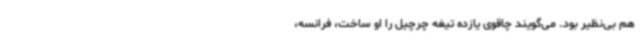
هم بی‌نظیر بود. می‌گویند چاقوی یازده تیغه چرچیل را او ساخت، فرانسه،